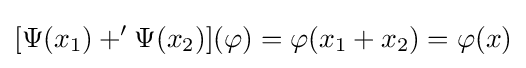
[\Psi (x_{1})+'\Psi (x_{2})](\varphi )=\varphi (x_{1}+x_{2})=\varphi (x)